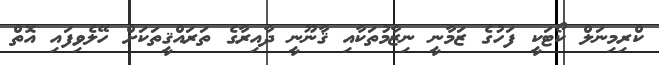
ކްރިމިނަލް ކޯޓަކީ ފަހުގެ ޒަމާނީ ނިޒާމުތަކާއި ޤާނޫނީ ދާއިރާގެ ތަރައްޤީތަކަށް ހޭލެވިފައި އޮތް